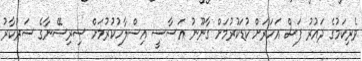
ވެރިކަމުގެ ދައުރު ފަސް އަހަރަށް ކުޑަކުރުމަށް ގާނޫނު އަސާސީ އިސްލާހުކުރުމަށް ސިރިސޭނާގެ ސަރުކާރު